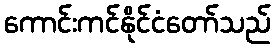
ကောင်းကင်နိုင်ငံတော်သည်